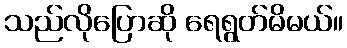
သည်လိုပြောဆို ရေရွတ်မိမယ်။